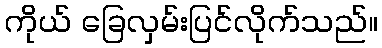
ကိုယ် ခြေလှမ်းပြင်လိုက်သည်။